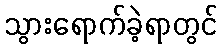
သွားရောက်ခဲ့ရာတွင်